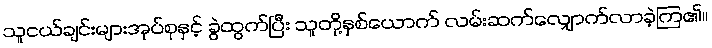
သူငယ်ချင်းများအုပ်စုနှင့် ခွဲထွက်ပြီး သူတို့နှစ်ယောက် လမ်းဆက်လျှောက်လာခဲ့ကြ၏။